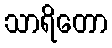
သာရိတော